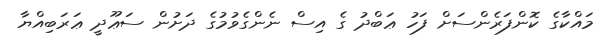
މައްކާގެ ކޮންފަރެންސަށް ފަހު ޢަބްދު ގެ އިސް ނެންގެވުމުގެ ދަށުން ސަޢޫދީ ޢަރަބިއްޔާ